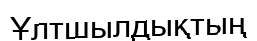
Ұлтшылдықтың